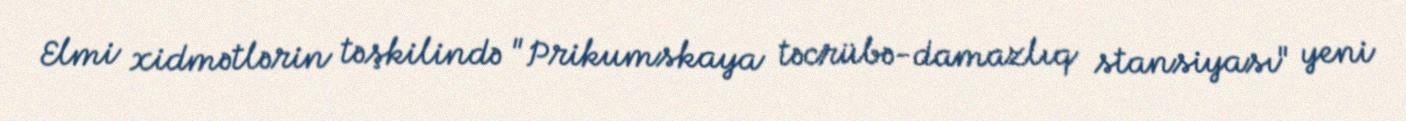
Elmi xidmətlərin təşkilində "Prikumskaya təcrübə-damazlıq stansiyası" yeni